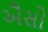
ઐસો